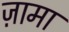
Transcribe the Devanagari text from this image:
ज़ामा